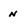
Character: n